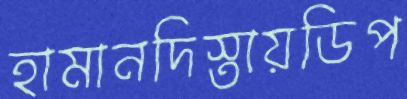
হামানদিস্তায়ডিপ